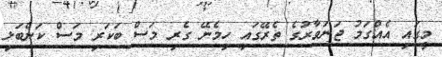
މީގައި އެއްގަމު ޖަނަވާރުގެ ތެރޭގައި ހިމެނޭ ގެރި މަސް ބަކަރި މަސް ކަންބަޅި